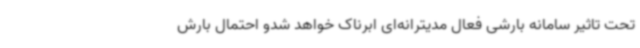
تحت تاثیر سامانه بارشی فعال مدیترانه‌ای ابرناک خواهد شدو احتمال بارش